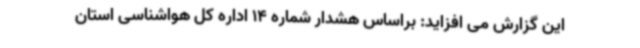
این گزارش می افزاید: براساس هشدار شماره 14 اداره کل هواشناسی استان